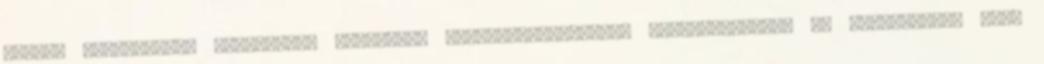
bajnok tornászból, testnevelő tanárból, iskolaigazgatóból, katonatisztből és közvetlenül Győr